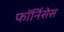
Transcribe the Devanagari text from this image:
फॉर्निसेस